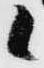
候